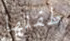
طفلها